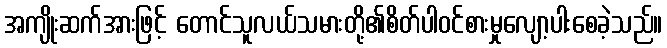
အကျိုးဆက်အားဖြင့် တောင်သူလယ်သမားတို့၏စိတ်ပါဝင်စားမှုလျော့ပါးစေခဲ့သည်။